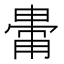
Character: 𤲥